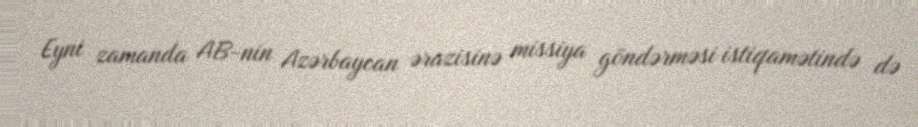
Eyni zamanda AB-nin Azərbaycan ərazisinə missiya göndərməsi istiqamətində də